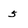
Character: 5